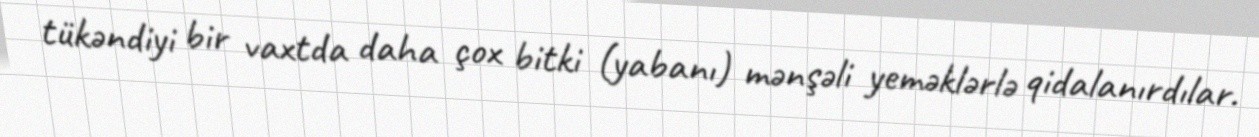
tükəndiyi bir vaxtda daha çox bitki (yabanı) mənşəli yeməklərlə qidalanırdılar.